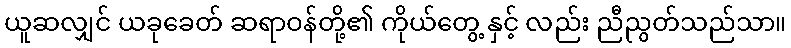
ယူဆလျှင် ယခုခေတ် ဆရာဝန်တို့၏ ကိုယ်တွေ့ နှင့် လည်း ညီညွတ်သည်သာ။